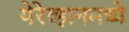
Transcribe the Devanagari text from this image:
येरेव्हानमध्ये